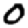
Digit: 0